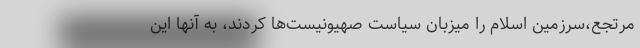
مرتجع،‌سرزمین اسلام را میزبان سیاست صهیونیست‌ها کردند، به آنها این